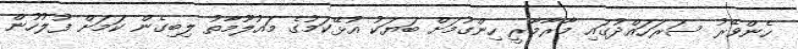
ހެންވޭރު ސަރަހައްދުގައި މާރާމާރީ ހިންގުމަށް ބަޔަކު އުޅޭކަމުގެ މައުލޫމާތު ލިބިގެން ކަމަށް ފުލުހުން